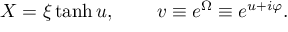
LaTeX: X = \xi \operatorname { t a n h } u , \, \qquad v \equiv e ^ { \Omega } \equiv e ^ { u + i \varphi } .